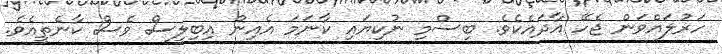
ހަރުލައްވަން ޖެހޭ އާދައެކެވެ. ބިސްމި ނުކިޔައި ކާނަމަ އެއިން އިބިލީސް ވެސް ކާނެތީއެވެ.